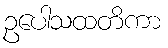
ဥပေါသထတိကာ